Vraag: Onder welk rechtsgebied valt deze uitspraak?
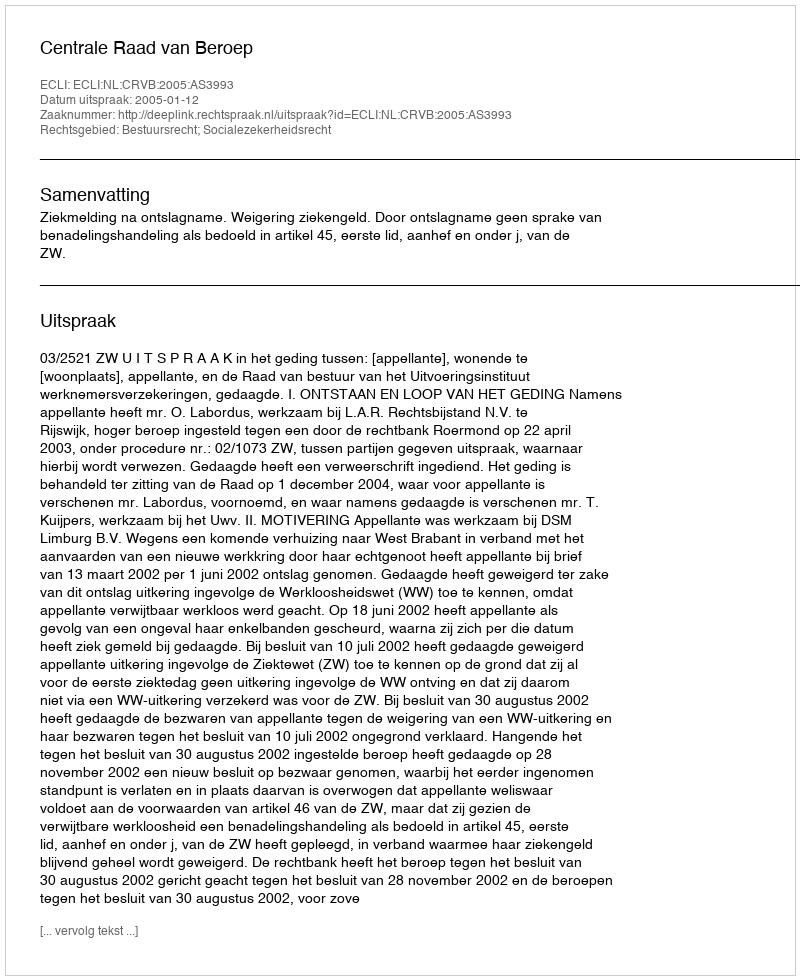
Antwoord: Bestuursrecht; Socialezekerheidsrecht